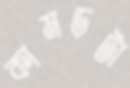
কামড়টা